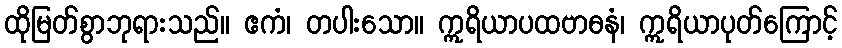
ထိုမြတ်စွာဘုရားသည်။ ဧကံ၊ တပါးသော။ ဣရိယာပထဗာဓနံ၊ ဣရိယာပုတ်ကြောင့်